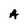
Character: A